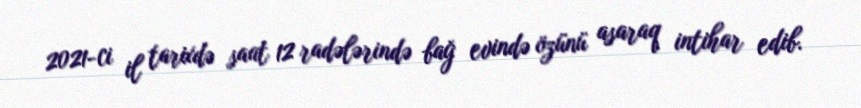
2021-ci il tarixdə saat 12 radələrində bağ evində özünü asaraq intihar edib.